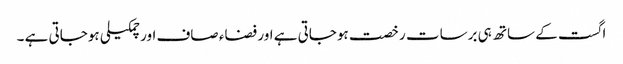
اگست کے ساتھ ہی برسات رخصت ہوجاتی ہے اور فضاء صاف اور چمکیلی ہوجاتی ہے ۔